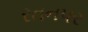
રતનપર